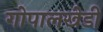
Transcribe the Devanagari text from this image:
गोपालखेडी